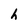
Character: h